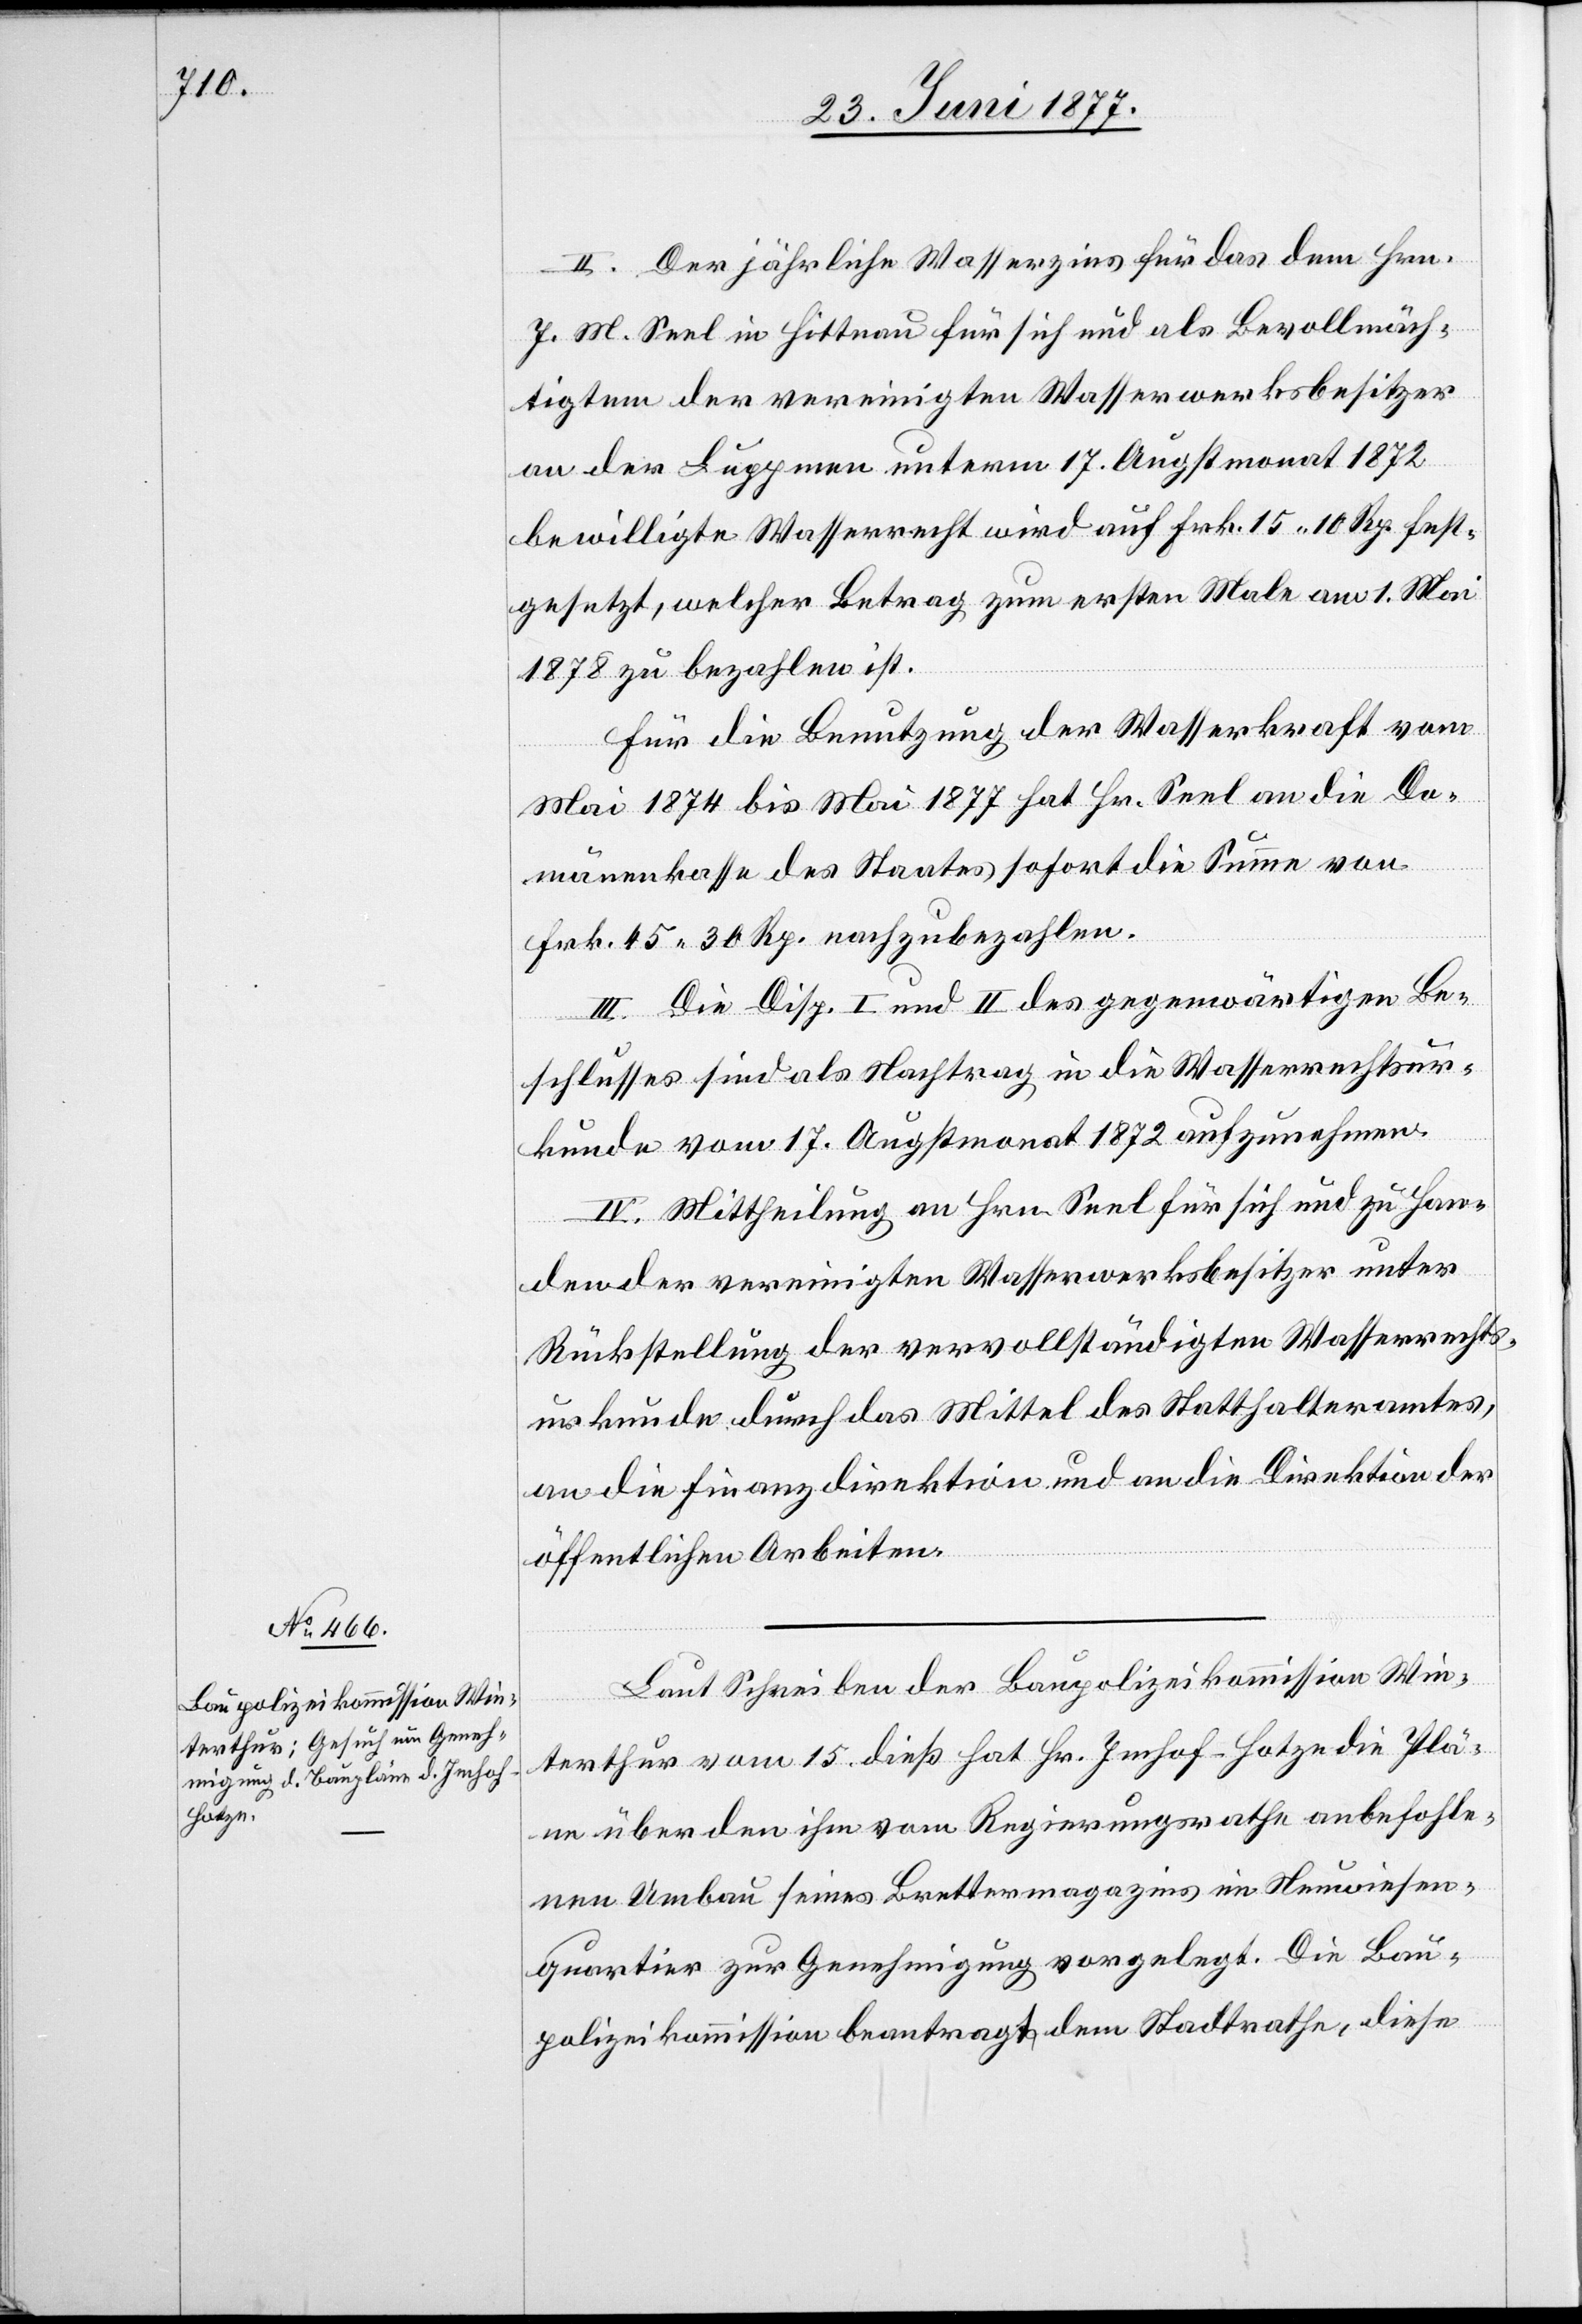
II. Der jährliche Wasserzins für das dem Hrn.
J. M. Seel in Hittnau für sich und als Bevollmäch¬
tigtem der vereinigten Wasserwerksbesitzer
an der Luppmen unterm 17. Augstmonat 1872
bewilligte Wasserrecht wird auf Frk. 15 10 Rp. fest¬
gesetzt, welcher Betrag zum ersten Male am 1. Mai
1878 zu bezahlen ist.
Für die Benutzung der Wasserkraft vom
Mai 1874 bis Mai 1877 hat Hr. Seel an die Do¬
mänenkasse des Staates sofort die Summe von
Frk. 45 30 Rp. nachzubezahlen.
III. Die Disp. I und II des gegenwärtigen Be¬
schlusses sind als Nachtrag in die Wasserrechtsur¬
kunde vom 17. Augstmonat 1872 aufzunehmen.
IV. Mittheilung an Hrn. Seel für sich und zu Han¬
den der vereinigten Wasserwerksbesitzer unter
Rückstellung der vervollständigten Wasserrechts¬
urkunde durch das Mittel des Statthalteramtes,
an die Finanzdirektion und an die Direktion der
öffentlichen Arbeiten.
Laut Schreiben der Baupolizeikommission Win¬
terthur vom 15. dieß hat Hr. Imhof-Hotze die Plä¬
ne über den ihm vom Regierungsrathe anbefohle¬
nen Umbau seines Brettermagazins im Neuwiesen¬
quartier zur Genehmigung vorgelegt. Die Bau¬
polizeikommission beantragt dem Stadtrathe, diese